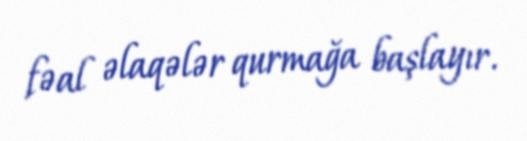
fəal əlaqələr qurmağa başlayır.